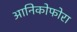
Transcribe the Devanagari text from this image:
आनिकोफोरा